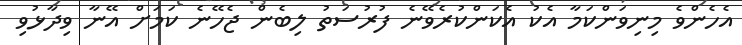
އެހެންވެ މިނިވަންކަމާ އެކު އެކަންކުރެވޭނެ ފުރުސަތު ލިބެން ޖެހޭނެ ކަމަށް އޭނާ ވިދާޅުވި